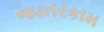
જડતરકામ